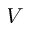
V